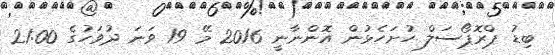
ބިޑު ޕްރޮޕޯސަލް ހުށަހެޅުން އޮންނާނީ 2016 މޭ 19 ވަނަ ދުވަހުގެ 21:00